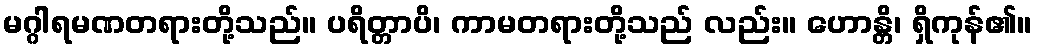
မဂ္ဂါရမဏတရားတို့သည်။ ပရိတ္တာပိ၊ ကာမတရားတို့သည် လည်း။ ဟောန္တိ၊ ရှိကုန်၏။